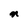
Character: n